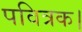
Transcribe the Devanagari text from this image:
पवित्रक।